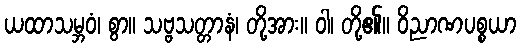
ယထာသမ္ဘဝံ၊ စွာ။ သဗ္ဗသတ္တာနံ၊ တို့အား။ ဝါ၊ တို့၏။ ဝိညာဏပစ္စယာ